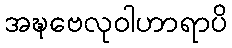
အဍ္ဎဗေလုဝါဟာရာပိ